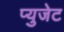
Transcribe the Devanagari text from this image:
प्युजेट